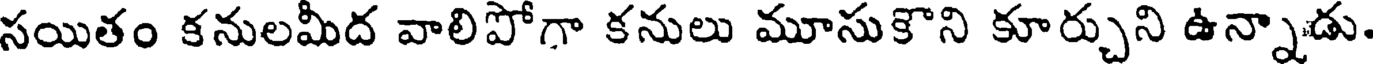
సయితం కనులమీద వాలిపోగా కనులు మూసుకొని కూర్చుని ఉన్నాడు.